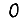
Digit: 0